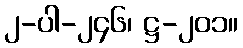
၂-ပါ-၂၄၆၊ ဋ္ဌ-၂၀၁။